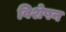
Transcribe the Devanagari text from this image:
विशेषन